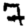
Digit: 7